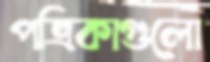
পত্রিকাগুলো